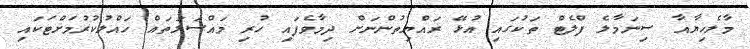
މާލެހިޔާއާ ސިނަމާލެ ފްލެޓް ތަކުގައި އުޅޭ ރައްޔިތުންނަށް ދިމާވެފައި ހުރި މައްސަލަތައް ހައްލުކުރުމަށްޓަކައި